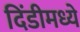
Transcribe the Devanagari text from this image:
दिंडीमध्ये